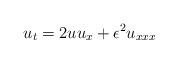
LaTeX: \begin{align*}u_{t} = 2 u u_{x} + \epsilon^{2} u_{xxx}\end{align*}